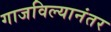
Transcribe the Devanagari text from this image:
गाजविल्यानंतर